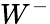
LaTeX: W^{-}